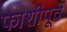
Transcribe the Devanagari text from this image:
फाशीपूर्व